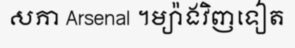
សភា Arsenal ។ម្យ៉ាងវិញទៀត